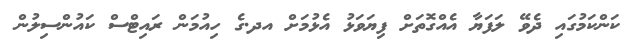
ކަންކަމުގައި ދެވޭ ލަފަޔާ އެއްގޮތަށް ފިޔަވަޅު އެޅުމަށް އދ.ގެ ހިއުމަން ރައިޓްސް ކައުންސިލުން